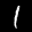
Label: 1